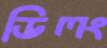
ডিলং